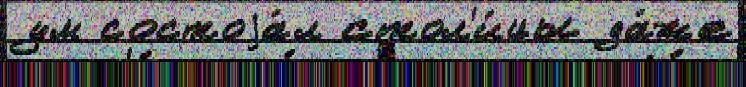
ум состоjа́л стол'и́цы да́же